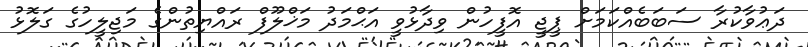
ދަޢުވާކުރާ ސަބަބެއްކަމަށް ޕީޖީ އޮފީހުން ވިދާޅުވީ އަޙްމަދު މަޚްލޫފް ރައްޔިތުންގެ މަޖިލީހުގެ ގަލޮޅު